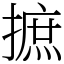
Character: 摭